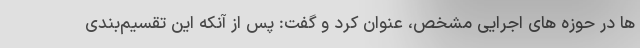
ها در حوزه های اجرایی مشخص، عنوان کرد و گفت: پس از آنکه این تقسیم‌بندی